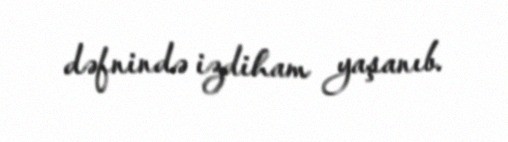
dəfnində izdiham yaşanıb.